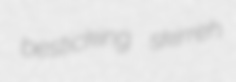
besticking skirreh